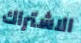
الاشتراك